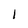
Character: 1